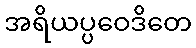
အရိယပ္ပဝေဒိတေ